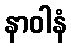
နာဝါနံ